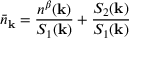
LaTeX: { \bar { n } } _ { { \bf { k } } } = \frac { n ^ { \beta } ( { \bf { k } } ) } { S _ { 1 } ( { \bf { k } } ) } + \frac { S _ { 2 } ( { \bf { k } } ) } { S _ { 1 } ( { \bf { k } } ) }